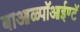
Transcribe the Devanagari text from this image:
बाआळ्पॉआईण्टॅ